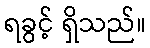
ရခွင့် ရှိသည်။